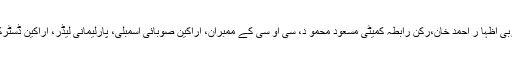
اس موقع پر رکن رابطہ کمیٹی وچیئر مین بلد یہ غربی اظہا ر احمد خان،رکن رابطہ کمیٹی مسعود محمو د، سی او سی کے ممبران، اراکین صوبائی اسمبلی، پارلیمانی لیڈر، اراکین ڈسٹرکٹ کونسل اور علاقائی ذمہ داران بھی موجود تھے۔